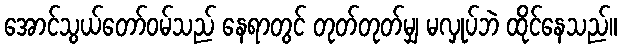
အောင်သွယ်တော်ဝမ်သည် နေရာတွင် တုတ်တုတ်မျှ မလှုပ်ဘဲ ထိုင်နေသည်။